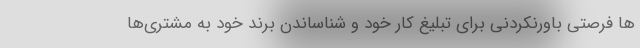
ها فرصتی باورنکردنی برای تبلیغ کار خود و شناساندن برند خود به مشتری‌ها